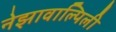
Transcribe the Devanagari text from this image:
नेझावाल्पिली